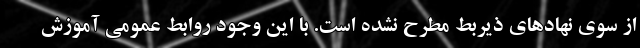
از سوی نهادهای ذیربط مطرح نشده است. با این وجود روابط عمومی آموزش